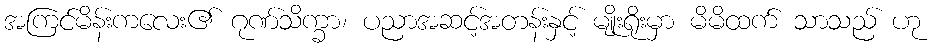
အကြင်မိန်းကလေး၏ ဂုဏ်သိက္ခာ၊ ပညာအဆင့်အတန်းနှင့် မျိုးရိုးမှာ မိမိထက် သာသည် ဟု